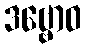
ဒဗ္ဗောဝ